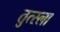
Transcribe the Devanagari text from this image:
तुत्स्ला